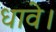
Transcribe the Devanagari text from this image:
धावे।